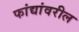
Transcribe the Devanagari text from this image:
फांद्यांवरील